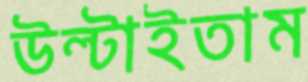
উল্‌টাইতাম